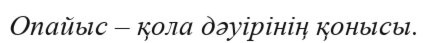
Опайыс – қола дәуірінің қонысы.